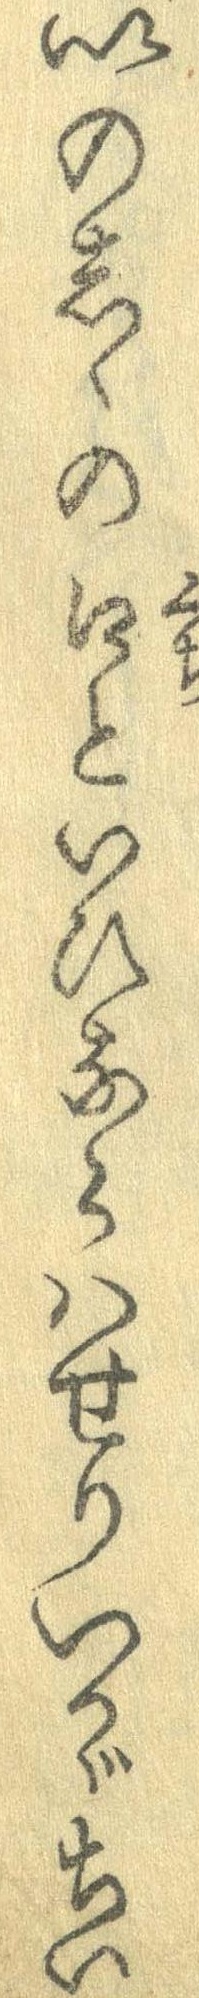
いのしゝの口といひならはせりいかゞちい